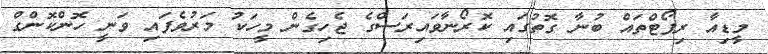
މީޑިއާ ރިޕޯޓްތައް ބުނާ ގޮތުގައި ކޮރޯނާވައިރަސްގެ ޖެހިގެން މީހަކު މަރުވެފައި ވަނީ ހޮންކޮންގް